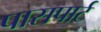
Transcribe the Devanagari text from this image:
पासपार्ट